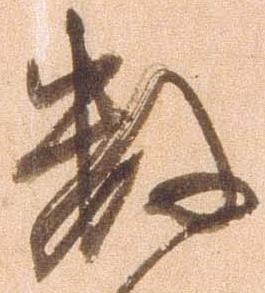
数